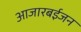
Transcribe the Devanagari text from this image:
आजारबईजन